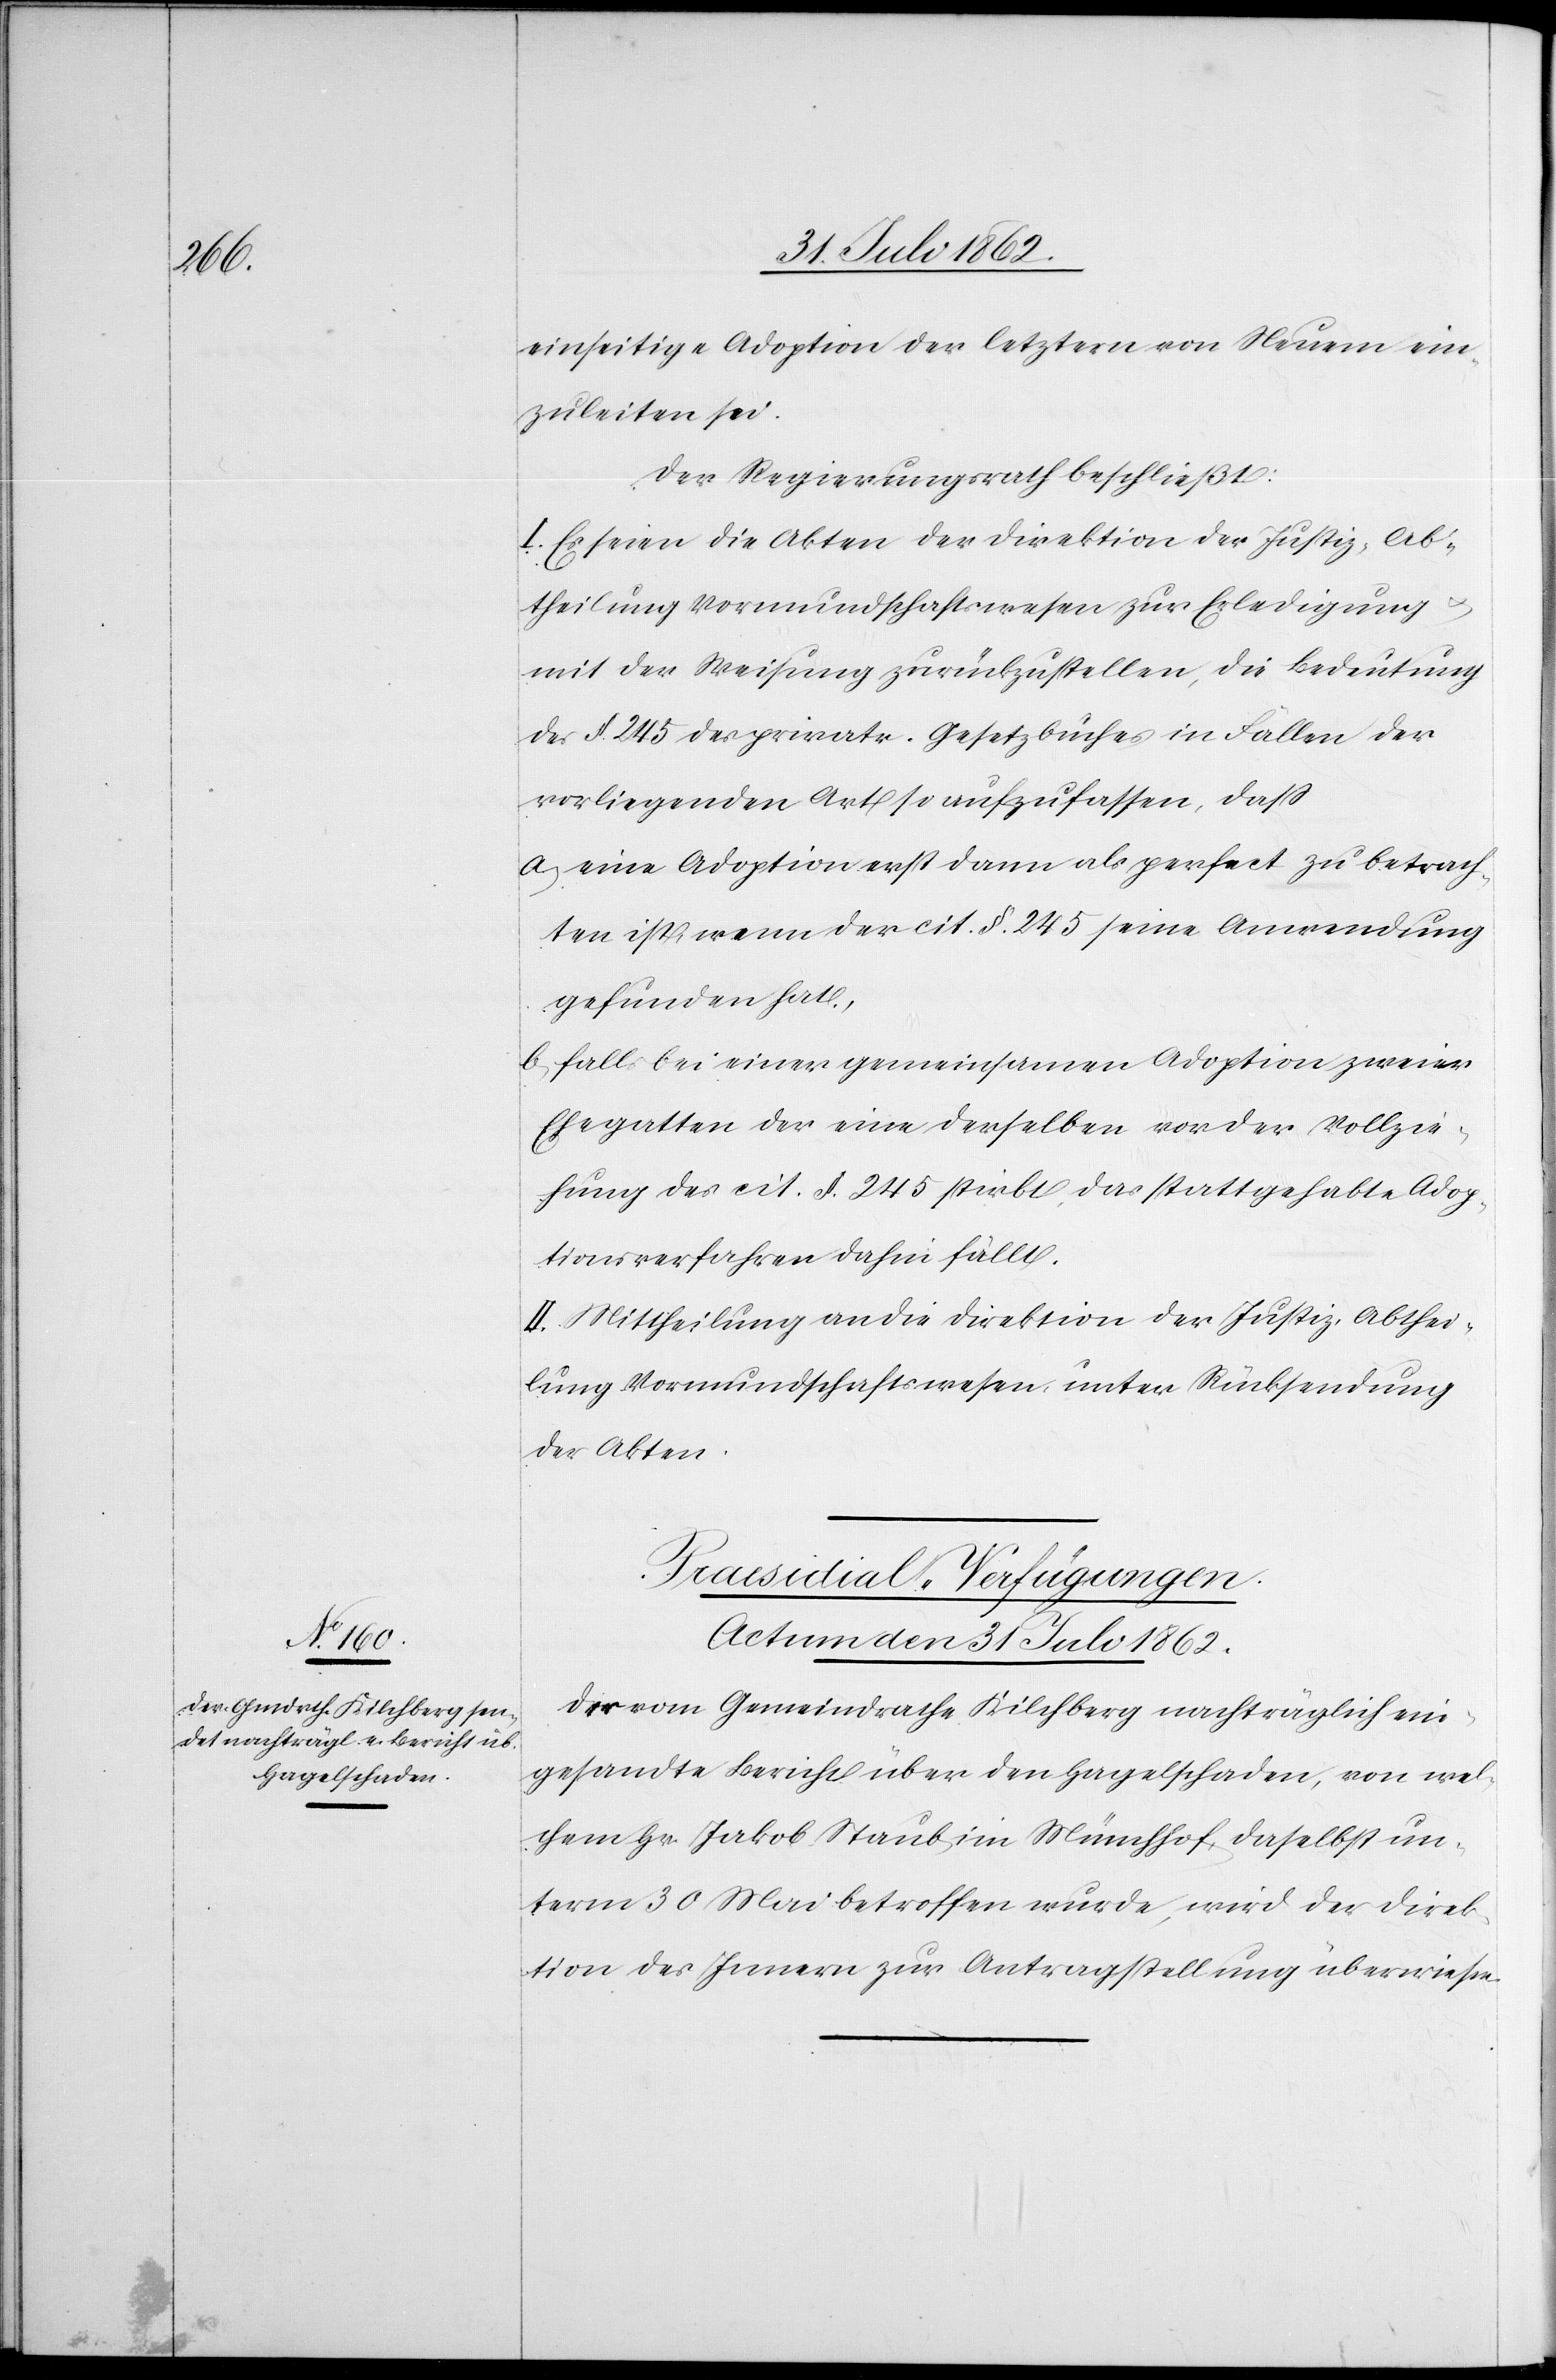
einseitige Adoption der letztern von Neuem ein¬
zuleiten sei.
Der Regierungsrath beschließt:
I. Es seien die Akten der Direktion der Justiz, Ab¬
theilung Vormundschaftswesen zur Erledigung
mit der Weisung zurückzustellen, die Bedeutung
des § 245 des privatr. Gesetzbuches in Fällen der
vorliegenden Art so aufzufassen, daß
a) eine Adoption erst dann als perfect zu betrach¬
ten ist, wenn der cit. § 245 seine Anwendung
gefunden hat.
b) falls bei einer gemeinsamen Adoption zweier
Ehegatten der eine derselben vor der Vollzie¬
hung des cit. § 245 stirbt, das stattgehabte Adop¬
tionsverfahren dahin fällt.
II. Mittheilung an die Direktion der Justiz, Abthei¬
lung Vormundschaftswesen unter Rücksendung
der Akten.
Praesidial-Verfügungen.
Actum den 31. Juli 1862.
Der vom Gemeindrathe Kilchberg nachträglich ein¬
gesandte Bericht über den Hagelschaden, von wel¬
chem Hr. Jakob Staub im Münchhof, daselbst un¬
term 30. Mai betroffen wurde, wird der Direk¬
tion des Innern zur Antragstellung überwiesen.